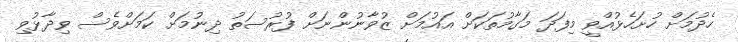
ހެދުމަށް ހުށަހެޅުއްވީ މިފަދަ މަގާމުތަކަށް އައުމަށް ޒުވާނުންނަށް ފުރުސަތު ދިނުމަށް ކަމަށްވެސް ވިދާޅުވި